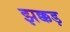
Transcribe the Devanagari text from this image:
झक्कड़